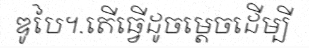
ឌូបៃ។.តើធ្វើដូចម្តេចដើម្បី